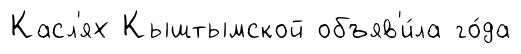
Касл'ях Кыштымской объяв'и́ла го́да